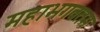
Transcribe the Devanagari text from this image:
महाभगवतम